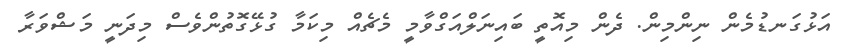
އަޅުގަނޑުމެން ނިންމިން. ދެން މިއޮތީ ބައިނަލްއަގްވާމީ މެޗެއް މިކަމާ ގުޅޭގޮތުންވެސް މިދަނީ މަޝްވަރާ